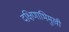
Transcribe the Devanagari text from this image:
दक्षिणाभिमुखी